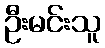
ဦးမင်းသူ